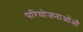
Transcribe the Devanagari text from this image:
परियोजनाओंऔ